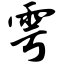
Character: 雩